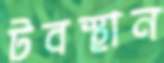
টবস্থান